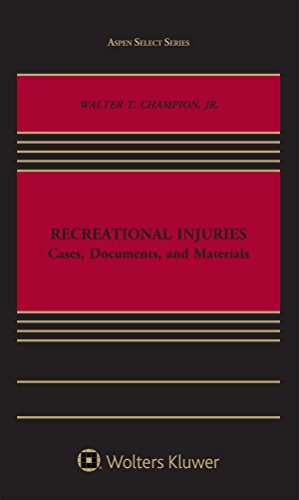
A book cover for Recreational Injuries: Cases, Documents, and Materials; Walter T. Champion Jr.; Law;